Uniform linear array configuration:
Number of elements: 32
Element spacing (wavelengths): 0.5
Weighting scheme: binomial
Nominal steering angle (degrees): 30
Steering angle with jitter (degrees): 31.767
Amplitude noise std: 0.05
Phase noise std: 0.05

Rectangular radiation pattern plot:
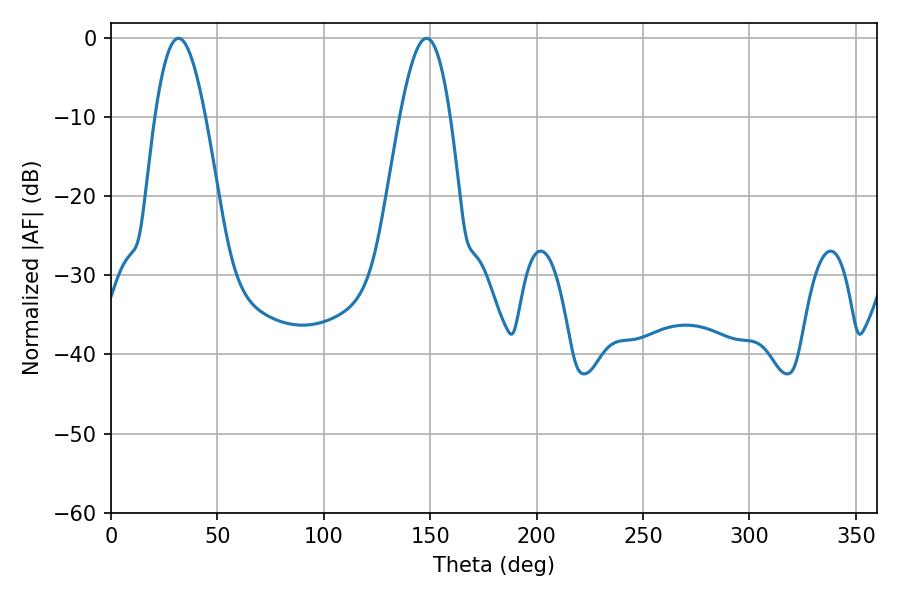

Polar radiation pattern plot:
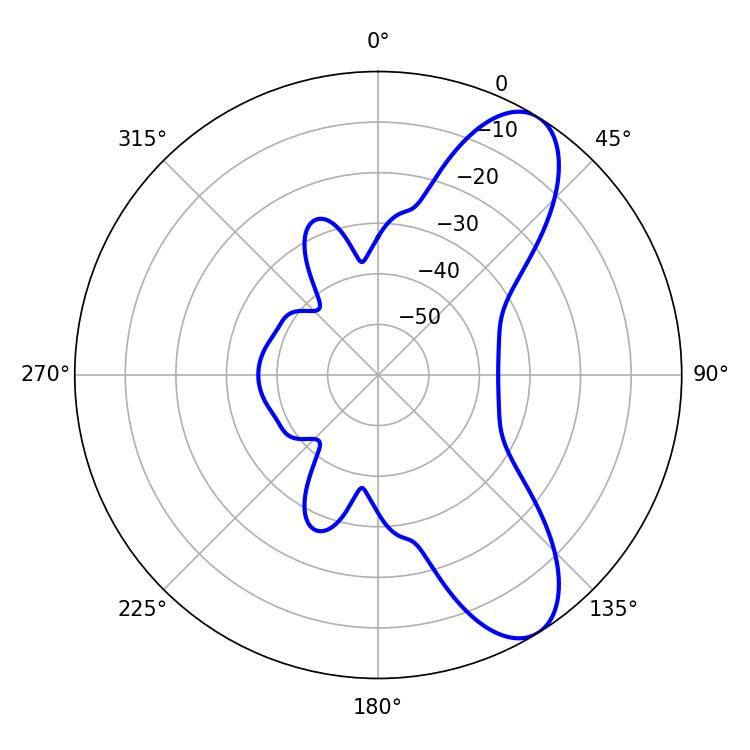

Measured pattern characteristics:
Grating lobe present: FALSE
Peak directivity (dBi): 8.901
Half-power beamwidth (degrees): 12.78
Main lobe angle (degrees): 31.68